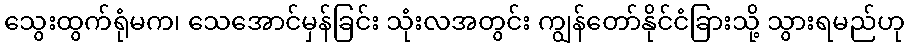
သွေးထွက်ရုံမက၊ သေအောင်မှန်ခြင်း သုံးလအတွင်း ကျွန်တော်နိုင်ငံခြားသို့ သွားရမည်ဟု